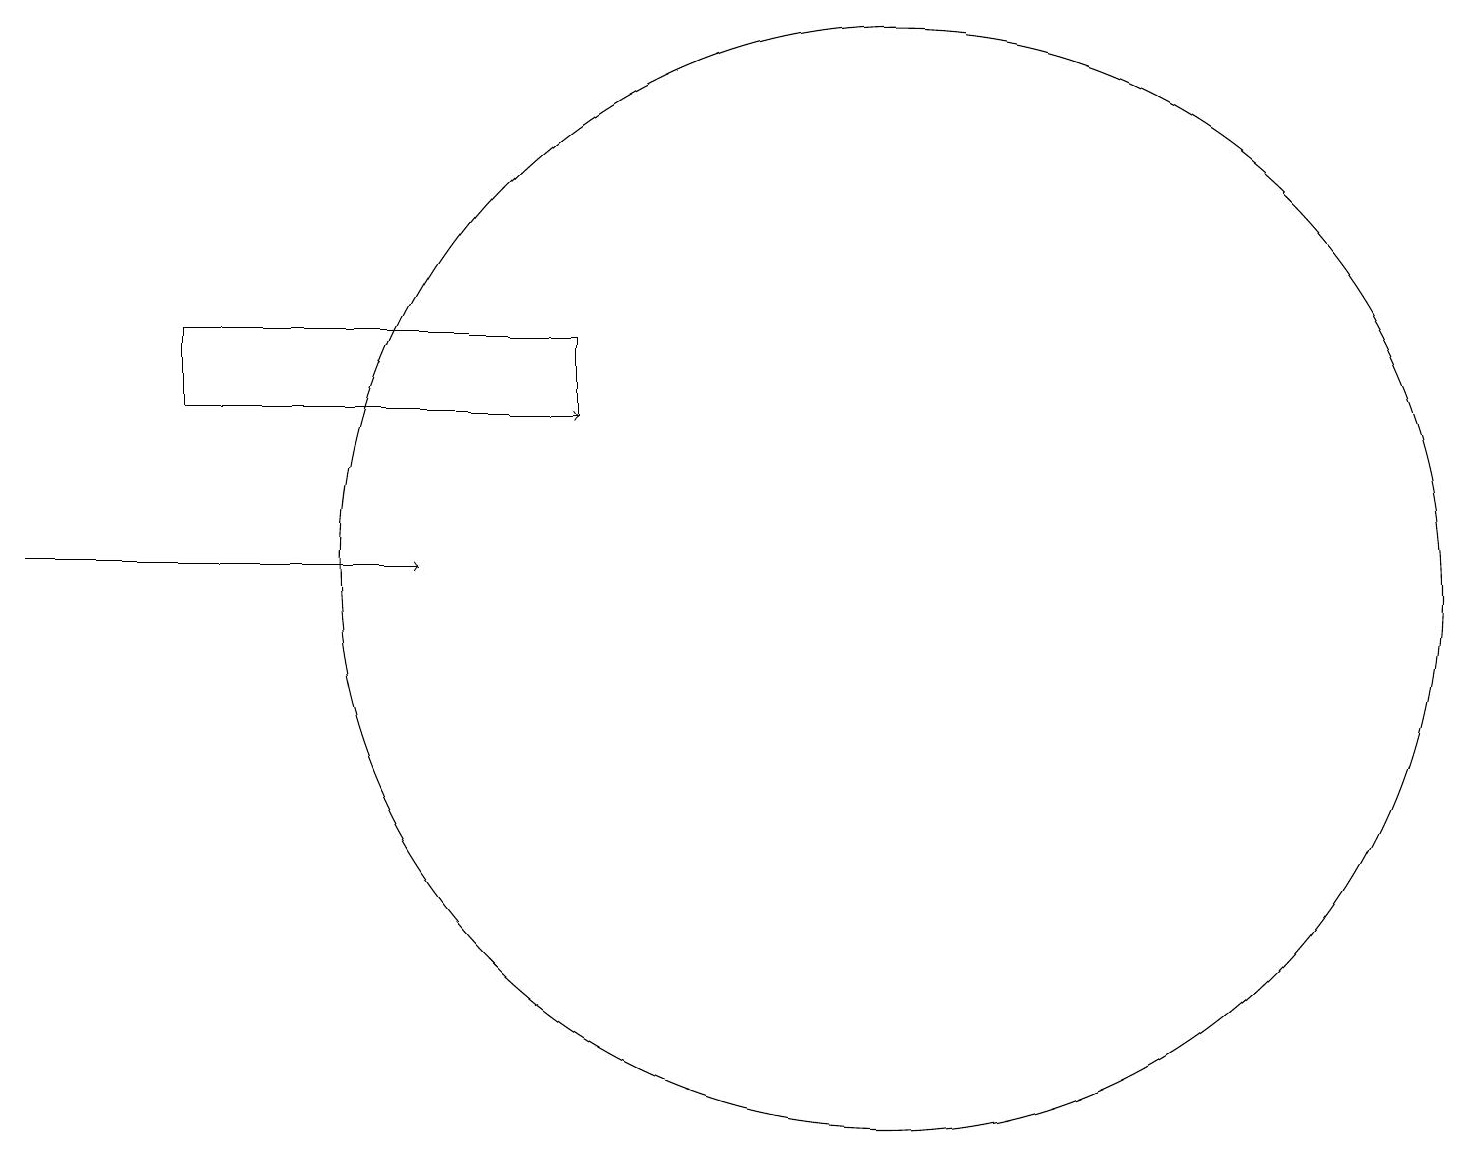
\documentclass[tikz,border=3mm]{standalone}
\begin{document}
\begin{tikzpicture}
\draw[->] (6,12) -- (7,12);
\draw (11,10) circle (7);
\draw[->] (0,10) -- (5,10);
\draw (7,13) rectangle (2,12);
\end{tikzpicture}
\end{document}